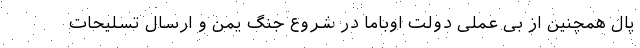
پال همچنین از بی عملی دولت اوباما در شروع جنگ یمن و ارسال تسلیحات